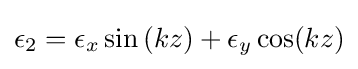
\epsilon _{2}=\epsilon _{x}\sin {(kz)}+\epsilon _{y}\cos(kz)